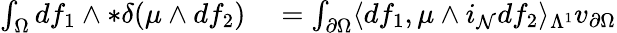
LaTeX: \begin{array}{rl}{\int_{\Omega}df_{1}\wedge\ast\delta(\mu\wedge df_{2})}&{{}=\int_{\partial\Omega}\langle df_{1},\mu\wedge i_{\mathcal{N}}df_{2}\rangle_{\Lambda^{1}}v_{\partial\Omega}}\end{array}